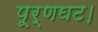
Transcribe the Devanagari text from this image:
पूर्णघट।